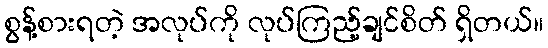
စွန့်စားရတဲ့ အလုပ်ကို လုပ်ကြည့်ချင်စိတ် ရှိတယ်။